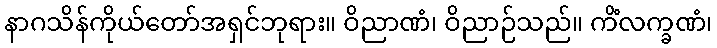
နာဂသိန်ကိုယ်တော်အရှင်ဘုရား။ ဝိညာဏံ၊ ဝိညာဉ်သည်။ ကိံလက္ခဏံ၊